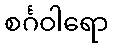
စင်္ဂဝါရော